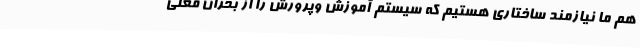
هم ما نیازمند ساختاری هستیم که سیستم آموزش وپرورش را از بحران فعلی